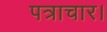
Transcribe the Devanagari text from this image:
पत्राचार।